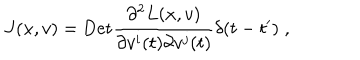
J ( x , v ) = \mathrm { D e t } \frac { \partial ^ { 2 } L ( x , v ) } { \partial v ^ { i } ( t ) \partial v ^ { j } ( t ) } \delta ( t - t ^ { \prime } ) \; ,